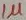
Text: 1µ